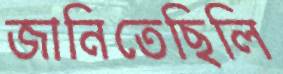
জানিতেছিলি